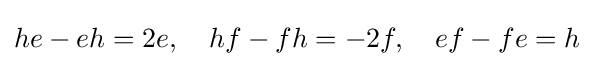
he-eh=2e,\quad hf-fh=-2f,\quad ef-fe=h